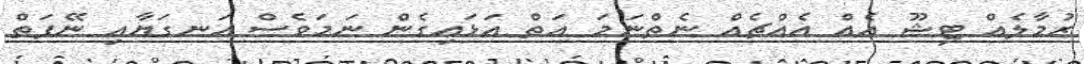
ރުމާލެއް ޓިޝޫ އެއް އެއްޗެއް ނެތްނަމަ އަތް އަޅައިގެން ނަމަވެސް އަނގަޔާއި ނޭފަތް